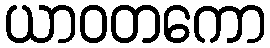
ယာဝတကော